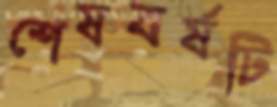
শেষবর্ষটি